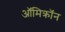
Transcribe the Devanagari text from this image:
ऑमिक्रॉन